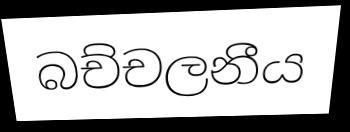
බච්චලනීය